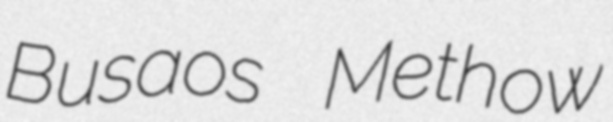
Busaos Methow